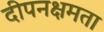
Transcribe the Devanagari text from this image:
दीपनक्षमता